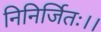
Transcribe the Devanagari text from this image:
निनिर्जितः।।